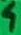
Text: 4